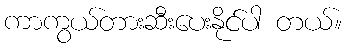
ကာကွယ်တားဆီးပေးနိုင်ပါ တယ်။